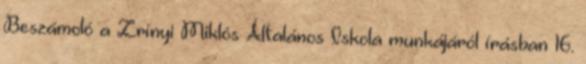
Beszámoló a Zrínyi Miklós Általános Iskola munkájáról írásban 16.